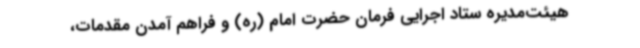
هیئت‌مدیره ستاد اجرایی فرمان حضرت امام (ره) و فراهم آمدن مقدمات،